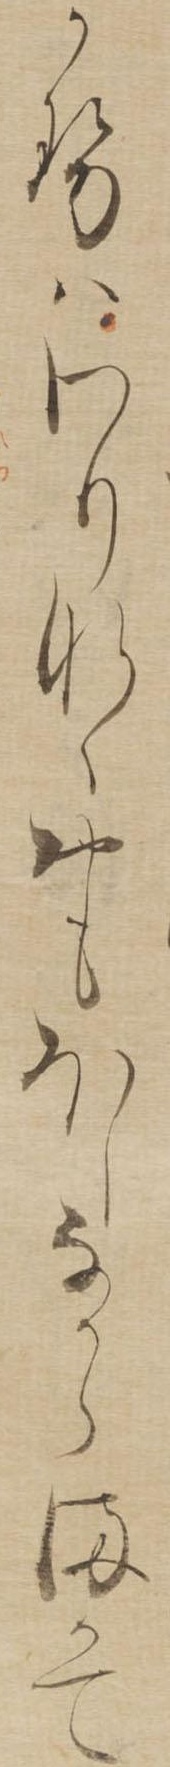
かせはわりなくおもほしなからまかて